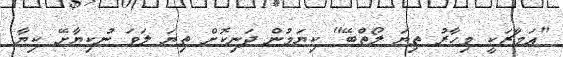
"އަމާޒަކީ މިހާރު ތިޔަ ލޯތްބޭ" ކިޔަމުން ދަނިކޮށް ތިޔަ ލަވަ ނުކިޔާށޭ ކިޔާ